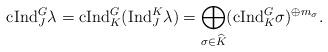
LaTeX: \begin{align*} \mathrm{c Ind}_{J}^{G} \lambda = \mathrm{c Ind}_{K}^{G} (\mathrm{Ind}_{J}^{K} \lambda) = \bigoplus_{\sigma \in \widehat{K}} (\mathrm{c Ind}_{K}^{G}\sigma)^{\oplus m_{\sigma}}.\end{align*}